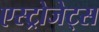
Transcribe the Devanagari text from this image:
एस्‍ट्रोजेट्स